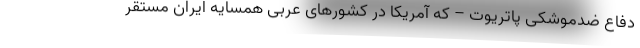
دفاع ضدموشکی پاتریوت – که آمریکا در کشورهای عربی همسایه ایران مستقر